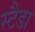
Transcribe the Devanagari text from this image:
स्टैडा